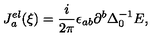
J _ { a } ^ { e l } ( \xi ) = \frac { i } { 2 \pi } \epsilon _ { a b } \partial ^ { b } \Delta _ { 0 } ^ { - 1 } E ,